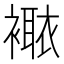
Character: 𧝯